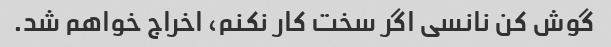
گوش کن نانسی اگر سخت کار نکنم، اخراج خواهم شد.